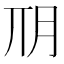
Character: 𣍣